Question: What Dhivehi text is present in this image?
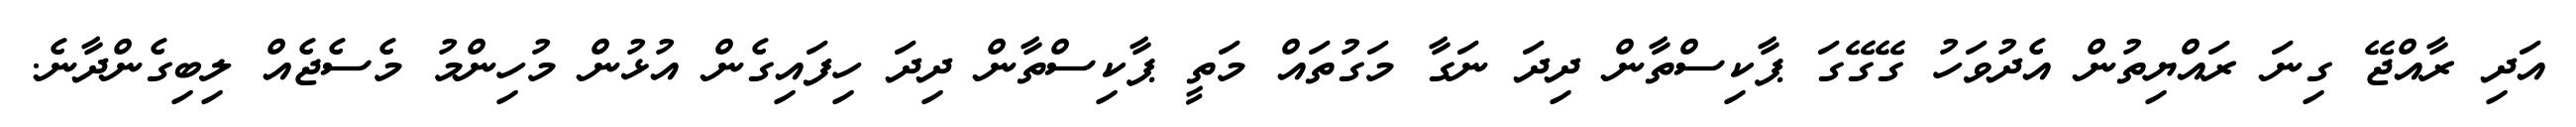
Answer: އަދި ރާއްޖޭ ގިނަ ރައްޔިތުން އެދުވަހު ގޭގޭގަ ޕާކިސްތާން ދިދަ ނަގާ މަގުތައް މަތީ ޕާކިސްތާން ދިދަ ހިފައިގެން އުޅުން މުހިންމު މެސެޖެއް ލިބިގެންދާނެ.